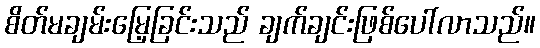
စိတ်မချမ်းမြေ့ခြင်းသည် ချက်ချင်းဖြစ်ပေါ်လာသည်။